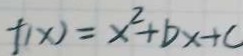
f ( x ) = x ^ { 2 } + b x + c